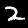
Digit: 2